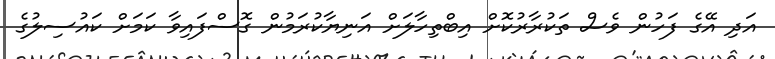
އަދި އޭގެ ފަހުން ވެސް ތަކުރާރުކޮށް އިބްތިހާލަށް އަނިޔާކުރަމުން ގޮސްފައިވާ ކަމަށް ކައުސިލުގެ